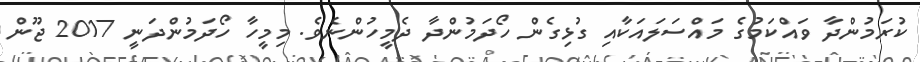
ކުރަމުންދާ ވައްކަމުގެ މައްސަލައަކާއި ގުޅިގެން ހޯދަމުންދާ ދެމީހުންނެވެ. މިމީހާ ހޯދަމުންދަނީ 2017 ޖޫން